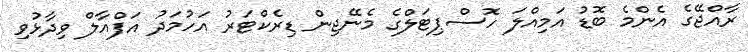
ރާއްޖޭގެ އެންމެ ބޮޑު އަމިއްލަ ހޮސްޕިޓަލްގެ މެނޭޖިން ޑިރެކްޓަރު އަހުމަދު އަފްއާލް ވިދާޅުވި